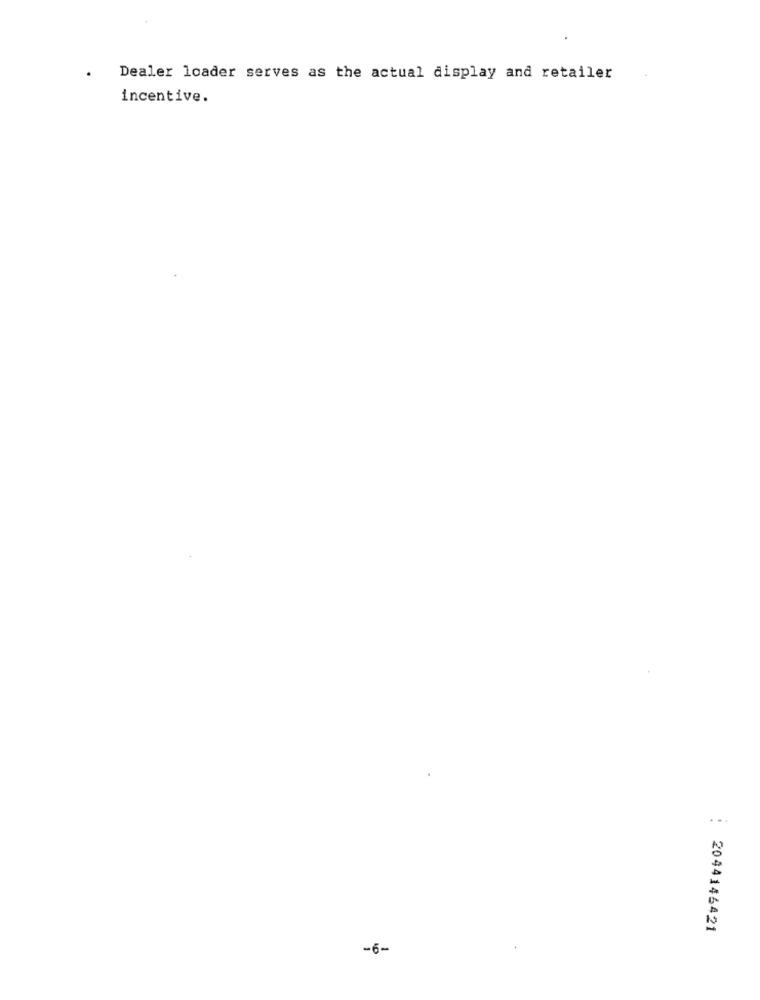
Dealer loader serves as the actual display and retailer
incentive.
: 2044146421
-6-